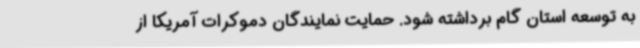
به توسعه استان گام برداشته شود. حمایت نمایندگان دموکرات آمریکا از